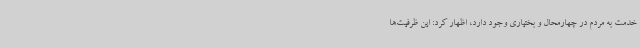
خدمت به مردم در چهارمحال و بختیاری وجود دارد، اظهار کرد: این ظرفیت‌ها